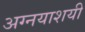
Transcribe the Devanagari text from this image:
अग्नयाशयी